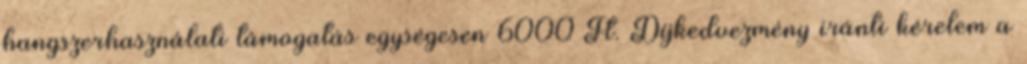
hangszerhasználati támogatás egységesen 6000 Ft. Díjkedvezmény iránti kérelem a